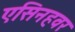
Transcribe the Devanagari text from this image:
एसिनहवर